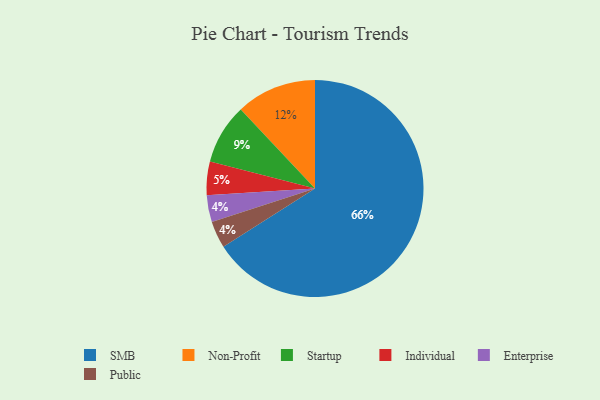
{"axis": {"x": "Category", "y": "Percentage"}, "legend": ["Enterprise", "Individual", "Non-Profit", "Public", "SMB", "Startup"], "data": [{"x": "Individual", "y": 5, "type": "Individual"}, {"x": "Enterprise", "y": 4, "type": "Enterprise"}, {"x": "Non-Profit", "y": 12, "type": "Non-Profit"}, {"x": "SMB", "y": 66, "type": "SMB"}, {"x": "Public", "y": 4, "type": "Public"}, {"x": "Startup", "y": 9, "type": "Startup"}]}